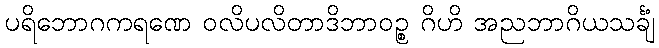
ပရိဘောဂကရဏေ ဝလိပလိတာဒိဘာဝဉ္စ ဂိဟိ အညဘာဂိယသင်္ချံ